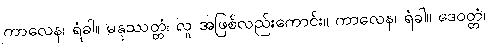
ကာလေန၊ ရံခါ။ မနုဿတ္တံ၊ လူ အဖြစ်လည်းကောင်း။ ကာလေန၊ ရံခါ။ ဒေဝတ္တံ၊